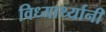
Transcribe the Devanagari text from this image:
विध्यार्थ्यानी